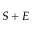
S + E